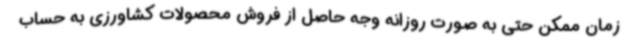
زمان ممکن حتی به صورت روزانه وجه حاصل از فروش محصولات کشاورزی به حساب